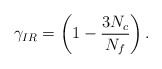
\begin{align*}\gamma _{IR}=\left( 1-\frac{3N_{c}}{N_{f}}\right) . \end{align*}